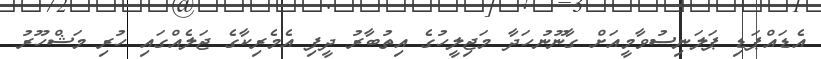
އެޑައްޕަޑި ޕަލަނިސުވާމީއަށް ގާނޫނުހަދާ މަޖިލީހުގެ އިތުބާރު ދީފި އެމެރިކާގެ ޖަލެއްގައި ހުރި މަޝްހޫރު